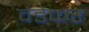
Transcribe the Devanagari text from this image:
वेडेकर